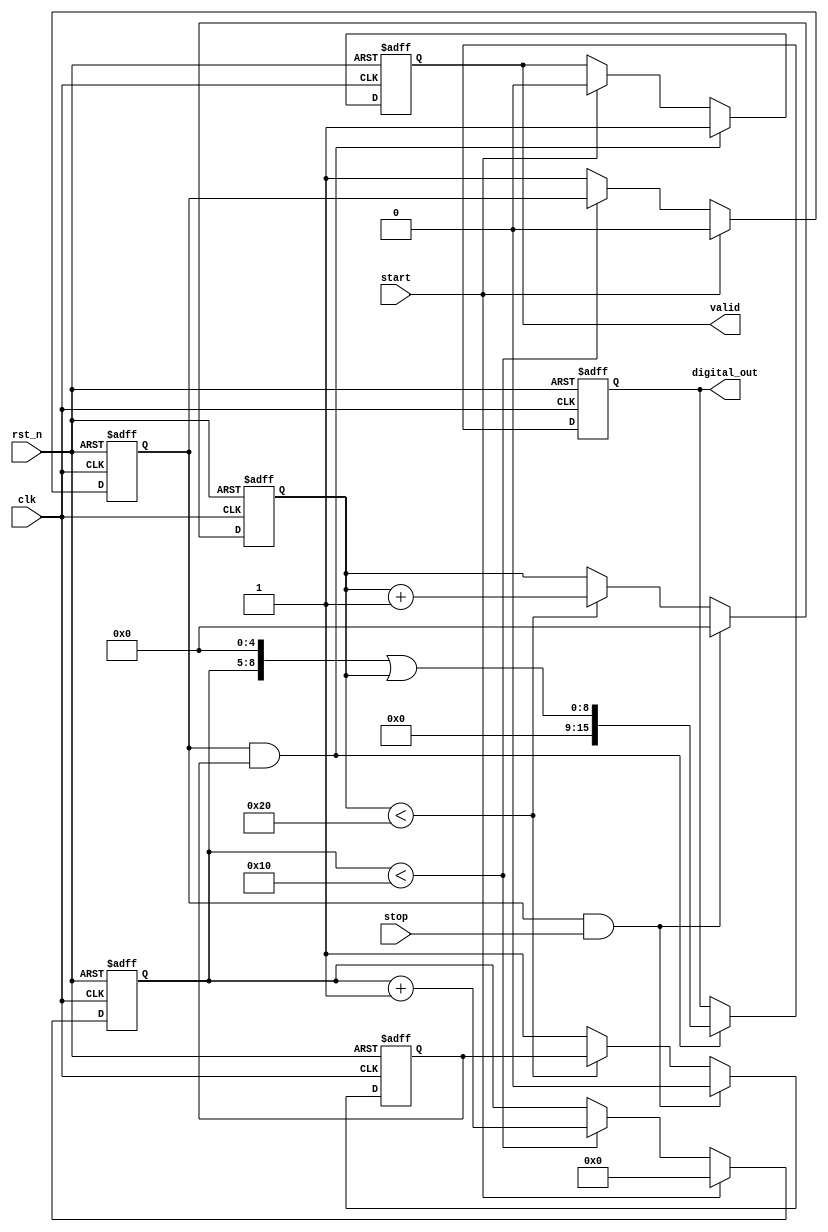
module tdc_vernier_delay_lines (
    input wire clk,               // System clock
    input wire rst_n,             // Active-low reset
    input wire start,             // Start pulse input
    input wire stop,              // Stop pulse input
    output reg [15:0] digital_out, // Output digital code (16 bits)
    output reg valid              // Output valid signal
);

    // Parameters for delay line configuration
    parameter COARSE_DELAY_COUNT = 16; // Number of coarse delay elements
    parameter FINE_DELAY_COUNT = 32;    // Number of fine delay elements
    parameter COARSE_DELAY_STEP = 2;    // Coarse delay step in ns (example)
    parameter FINE_DELAY_STEP = 0.5;     // Fine delay step in ns (example)

    // Internal signals
    reg [3:0] coarse_delay_index; // Index for coarse delay line
    reg [4:0] fine_delay_index;    // Index for fine delay line
    reg coarse_done;               // Indicates coarse delay measurement is done
    reg fine_done;                 // Indicates fine delay measurement is done

    // Coarse delay line simulation
    reg [COARSE_DELAY_COUNT-1:0] coarse_delay_line;
    reg [FINE_DELAY_COUNT-1:0] fine_delay_line;

    // Control logic for TDC
    always @(posedge clk or negedge rst_n) begin
        if (!rst_n) begin
            coarse_delay_index <= 0;
            fine_delay_index <= 0;
            digital_out <= 0;
            valid <= 0;
            coarse_done <= 0;
            fine_done <= 0;
        end else begin
            // Start measurement
            if (start) begin
                coarse_done <= 0;
                coarse_delay_index <= 0; // Reset on start
                valid <= 0;               // Reset valid flag
            end else if (coarse_delay_index < COARSE_DELAY_COUNT) begin
                // Simulate coarse delay line activation
                coarse_delay_line[coarse_delay_index] <= 1;
                coarse_delay_index <= coarse_delay_index + 1;
            end else begin
                coarse_done <= 1; // Coarse measurement done
            end

            // Fine measurement triggered by stop signal
            if (coarse_done && stop) begin
                fine_done <= 0;
                fine_delay_index <= 0; // Reset fine index
            end else if (fine_delay_index < FINE_DELAY_COUNT) begin
                // Simulate fine delay line activation
                fine_delay_line[fine_delay_index] <= 1;
                fine_delay_index <= fine_delay_index + 1;
            end else begin
                fine_done <= 1; // Fine measurement done
            end

            // Combine results from coarse and fine delay lines
            if (coarse_done && fine_done) begin
                digital_out <= (coarse_delay_index << 5) | fine_delay_index; // Combine results
                valid <= 1; // Set valid flag
            end
        end
    end
endmodule